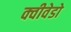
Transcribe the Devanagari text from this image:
क्वीवेडो